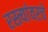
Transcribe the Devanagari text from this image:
रस्त्यांवरचे